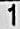
1